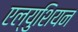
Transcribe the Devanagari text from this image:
एल्युशियन